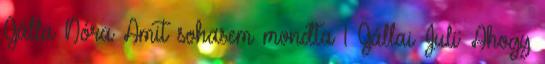
Gálla Nóra Amit sohasem mondta 1 Gállai Juli: Ahogy